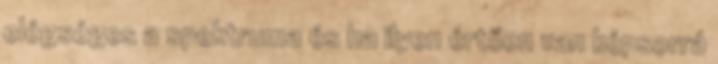
elégséges a spektruma és ha ilyen értően van képsorrá